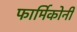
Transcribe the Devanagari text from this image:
फार्मिकोनी